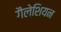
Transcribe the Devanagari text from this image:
गैलेशियन